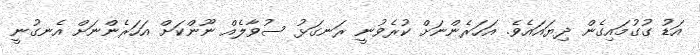
އަޑު ގުގުމައިގެން ދިޔައައެވެ. އަހަރެންނަށް ކުރެވުނީ ރަނގަޅު ސުވާލެއް ނޫންކަށް އަހަރެންނަށް އެނގުނީ